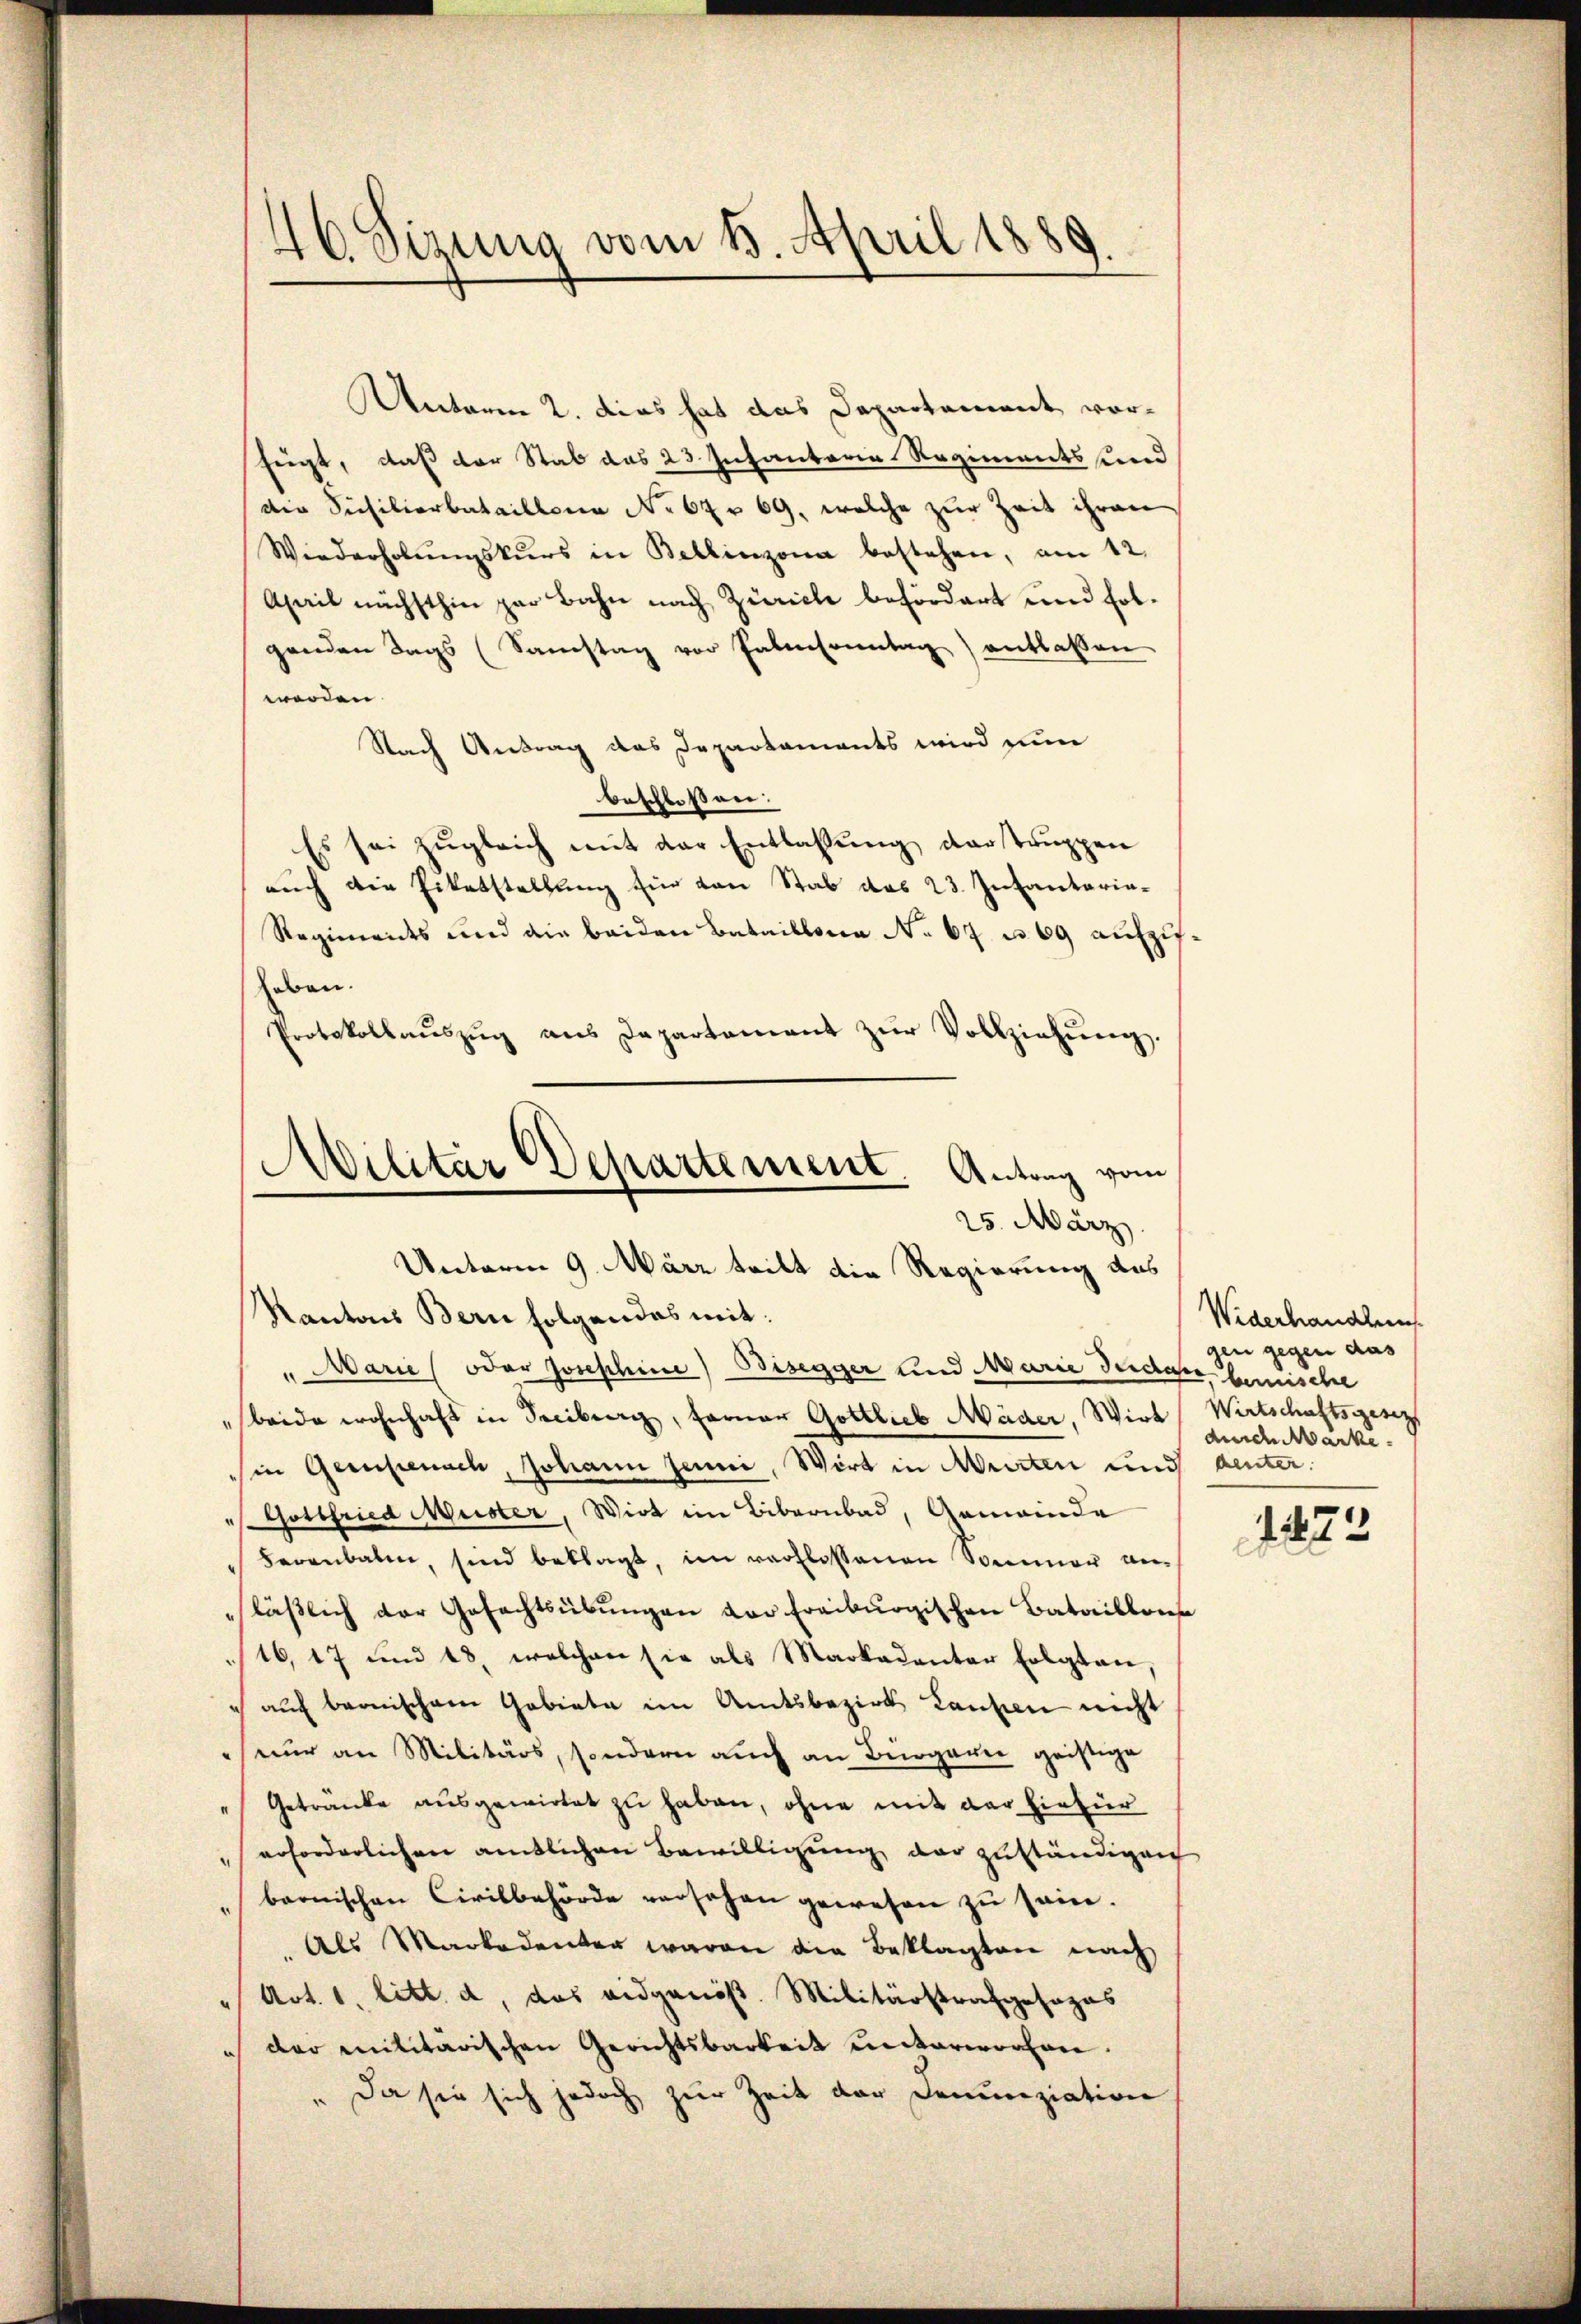
46 Sizung vom 8. April 1889.

Antanen 2. dies hat das Departement vorfeigt, daß der Stab das 23. Infantaria Regiments und
die Sichilierbataillona No. 67 r 69, welche zur Zeit ihren
Wiederholŭngskurs in Bellinzona bestehen, am 12.
April nächsthin par Bahn nach Zürich befördert und folgenden Tags (Samstag vor Gabensonntag) entlassen
werden.
Nach Antrag des Departaments wird nun
beschloßen:
Es sei zugleich mit der Entlassung dartruppen
auch die Eiletstellung für von Stab das 23. Infantaria¬
Regiments und die beiden Bataillone No 67 n 69 aufzuhaben.
Protokollaŭszŭg ans Departement zŭr Vollziehŭng.
Militär Departement. Antrag vom
25. März.

Unterm 9. März teilt die Regierung des
Kantons Bern folgendes mit:

" Marie oder Josephine) Bisegger und Marie Gerdar bemische
beide wohnhaft in Treiburg, ferner Gottlieb Mäder, Wirk Wirtschaftsgesezt
sie Geruhenach, Johann Jenni, Wirt in Murten und deuter
Gottfried Meister, Wirt im Bibernbad, Gemeinde
Heranbalen, sind beklagt, im verflossenen Sommer anläßlich der Gefechtsübungen der Freiburgischen Bataillons
16, 17 und 18, welchen sie als Markadenter Eolgten,
auf bernischem Gebiete im Amtsbezirk Laufen nicht
 nur an Militärs, sondern auch an Bürgerer geistige
"Getränke ausgewirtet zu haben, ohne mit der hiefür
erforderlichen amtlichen Bewilligung der zuständigen
"barnischen Civilbehörde versehen gewesen zu sein.
" Als Markadenter waren die Beklagten nach
" Art. 1, litt. d, das eidgenöß. Militärstrafgesezes
 der militarischen Gerichtsbarkeit unterworfen.
" Da sie sich jedoch zur Zeit der Denunziation

Widerhandlung
den gegen aus
durch Marke

1275